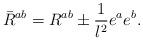
LaTeX: \begin{align*}\bar{R}^{ab}=R^{ab}\pm \frac{1}{l^{2}}e^{a}e^{b}.\end{align*}